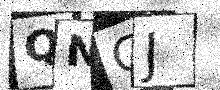
Text: QNCJ